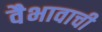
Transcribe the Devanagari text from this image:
वैभावाची